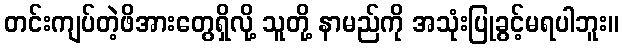
တင်းကျပ်တဲ့ဖိအားတွေရှိလို့ သူတို့ နာမည်ကို အသုံးပြုခွင့်မရပါဘူး။